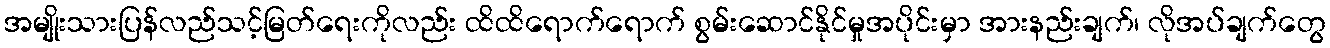
အမျိုးသားပြန်လည်သင့်မြတ်ရေးကိုလည်း ထိထိရောက်ရောက် စွမ်းဆောင်နိုင်မှုအပိုင်းမှာ အားနည်းချက်၊ လိုအပ်ချက်တွေ